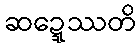
ဆဍ္ဍေဿတိ